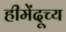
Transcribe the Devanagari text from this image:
हीमेंदूच्य